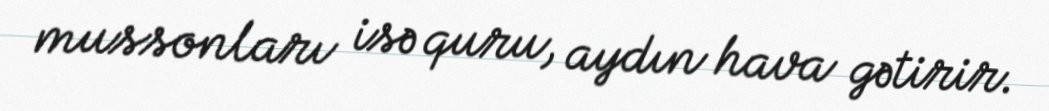
mussonları isə quru, aydın hava gətirir.